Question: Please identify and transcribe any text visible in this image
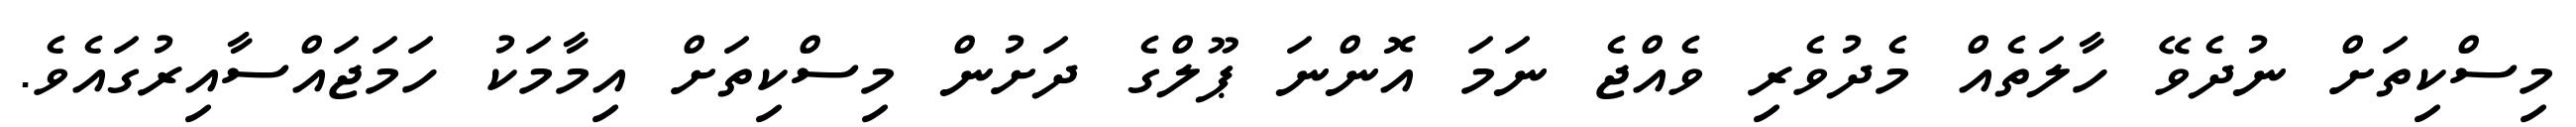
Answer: މިސްކިތަށް ނުދެވޭ ހާލަތެއް މެދުވެރި ވެއްޖެ ނަމަ އޮންނަ ޕޫލްގެ ދަށުން މިސްކިތަށް އިމާމަކު ހަމަޖައްސާއިރުގައެވެ.